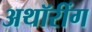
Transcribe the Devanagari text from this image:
अथॉरींग